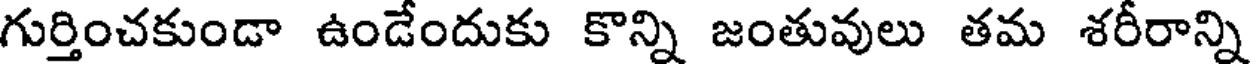
గుర్తించకుండా ఉండేందుకు కొన్ని జంతువులు తమ శరీరాన్ని